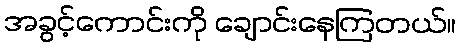
အခွင့်ကောင်းကို ချောင်းနေကြတယ်။